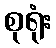
စုရုံး